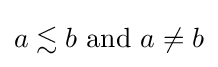
a\lesssim b{\text{ and }}a\neq b